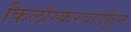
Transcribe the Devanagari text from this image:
किर्लोस्करवाडीहून